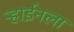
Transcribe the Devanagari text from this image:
ऱ्हाईनला